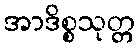
အာဒိစ္စသုတ္တ